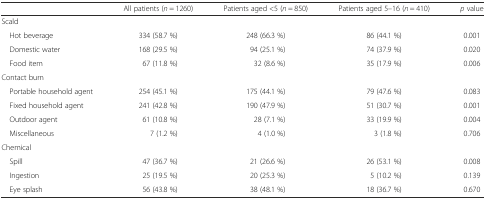
|  | All patients (n = 1260) | Patients aged <5 (n = 850) | Patients aged 5–16 (n = 410) | p value |
 | --- | --- | --- | --- | --- |
 | <COLSPAN=5> Scald |
 | Hot beverage | 334 (58.7 %) | 248 (66.3 %) | 86 (44.1 %) | 0.001 |
 | Domestic water | 168 (29.5 %) | 94 (25.1 %) | 74 (37.9 %) | 0.020 |
 | Food item | 67 (11.8 %) | 32 (8.6 %) | 35 (17.9 %) | 0.006 |
 | <COLSPAN=5> Contact burn |
 | Portable household agent | 254 (45.1 %) | 175 (44.1 %) | 79 (47.6 %) | 0.083 |
 | Fixed household agent | 241 (42.8 %) | 190 (47.9 %) | 51 (30.7 %) | 0.001 |
 | Outdoor agent | 61 (10.8 %) | 28 (7.1 %) | 33 (19.9 %) | 0.004 |
 | Miscellaneous | 7 (1.2 %) | 4 (1.0 %) | 3 (1.8 %) | 0.706 |
 | <COLSPAN=5> Chemical |
 | Spill | 47 (36.7 %) | 21 (26.6 %) | 26 (53.1 %) | 0.008 |
 | Ingestion | 25 (19.5 %) | 20 (25.3 %) | 5 (10.2 %) | 0.139 |
 | Eye splash | 56 (43.8 %) | 38 (48.1 %) | 18 (36.7 %) | 0.670 |